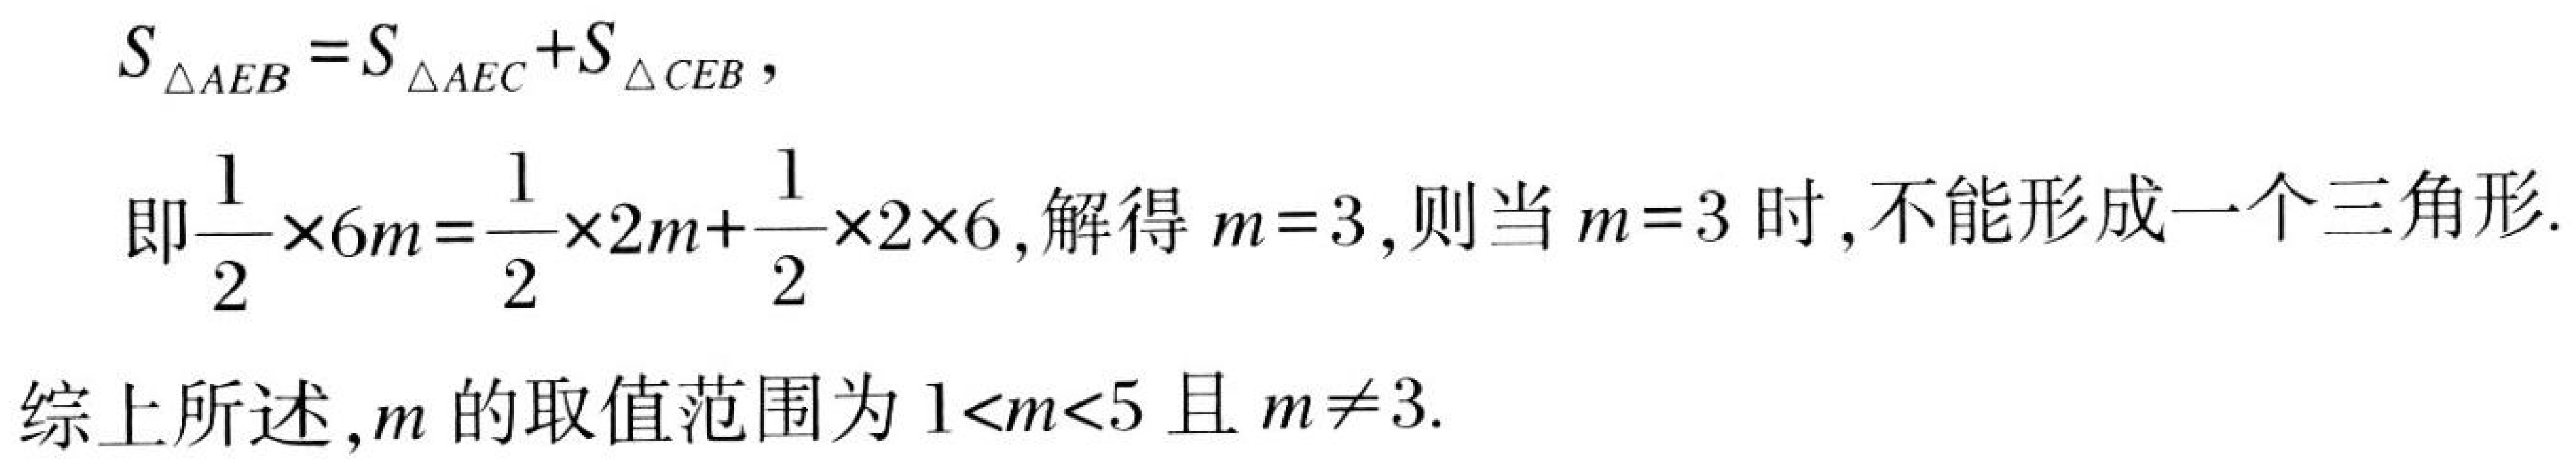
\[
\begin{align*}
S_{\triangle AEB}&=S_{\triangle AEC}+S_{\triangle CEB},\\
\text{即}\frac{1}{2}\times6m&=\frac{1}{2}\times2m + \frac{1}{2}\times2\times6, \text{ 解得 }m = 3, \text{ 则当 }m = 3\text{ 时}, \text{不能形成一个三角形}.
\end{align*}
\]

综上所述，\(m\)的取值范围为\(1<m<5\)且\(m\neq3\).